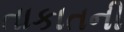
તાકાતની